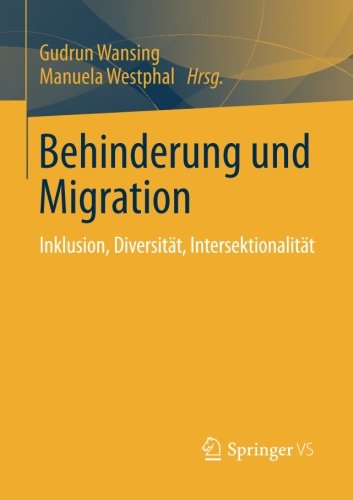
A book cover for Behinderung und Migration: Inklusion, DiversitÃ¤t, IntersektionalitÃ¤t (German Edition); Politics & Social Sciences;